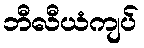
ဘီလီယံကျပ်